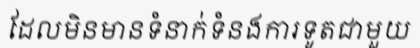
ដែលមិនមានទំនាក់ទំនងការទូតជាមួយ